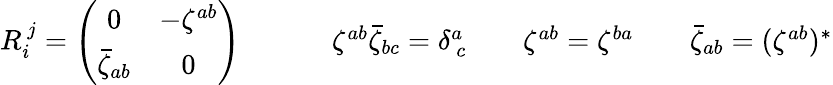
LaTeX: \begin{array}{cccc}{{R_{i}^{~j}=\left(\begin{array}{cc}{{0}}&{{-\zeta^{ab}}}\\ {{\bar{\zeta}_{ab}}}&{{0}}\end{array}\right)~~~~}}&{{~~~~~\zeta^{ab}\bar{\zeta}_{bc}=\delta_{~c}^{a}~~}}&{{~~\zeta^{ab}=\zeta^{ba}~~}}&{{~~\bar{\zeta}_{ab}=(\zeta^{ab})^{\ast}}}\end{array}